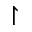
\upharpoonright